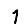
Digit: 1